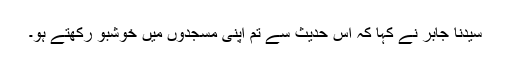
سیدنا جابرؓ نے کہا کہ اس حدیث سے تم اپنی مسجدوں میں خوشبو رکھتے ہو۔